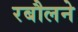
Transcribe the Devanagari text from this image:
रबौलने